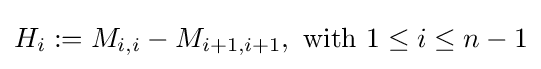
H_{i}:=M_{i,i}-M_{i+1,i+1},{\text{ with }}1\leq i\leq n-1